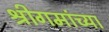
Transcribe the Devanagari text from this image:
श्रीगमांच्या